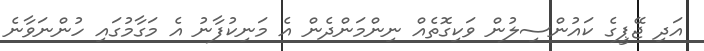
އަދި ޖޭޕީގެ ކައުންސިލުން ވަކިގޮތެއް ނިންމަންދެން އެ މަނިކުފާނު އެ މަގާމުގައި ހުންނަވާނެ